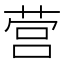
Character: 营